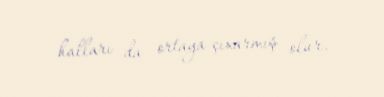
halları da ortaya çıxarmış olur.